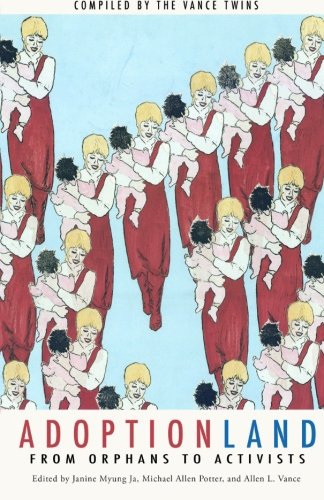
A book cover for Adoptionland: From Orphans to Activists; Janine Myung Ja; Parenting & Relationships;